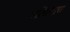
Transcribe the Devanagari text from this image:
अश्विनीचा